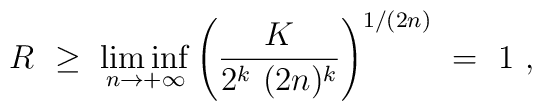
R\ \ge\ \liminf_{n\to+\infty} \left( \frac K{2^k\ (2n)^k} \right)^{1/(2n)}\ =\ 1\ ,